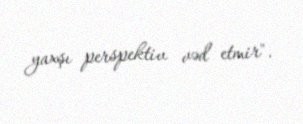
yaxşı perspektiv vəd etmir".